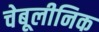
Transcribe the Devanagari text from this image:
चेबूलीनिक